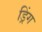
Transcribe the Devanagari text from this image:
ड्रिंग